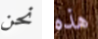
نحن هذه